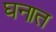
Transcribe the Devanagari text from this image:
घनात